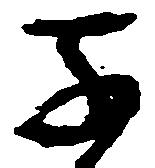
子